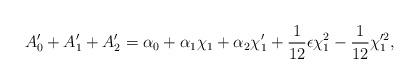
LaTeX: \begin{align*}~A_0' + A_1' + A_2' = \alpha_0 + \alpha_1 \chi_1 + \alpha_2 \chi_1'+ \frac{1}{12} \epsilon \chi_1^2 - \frac{1}{12} \chi_1^{\prime 2},\end{align*}